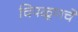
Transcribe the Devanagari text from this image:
चिपळूणचे